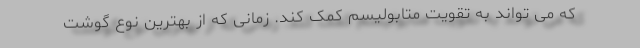
که می تواند به تقویت متابولیسم کمک کند. زمانی که از بهترین نوع گوشت